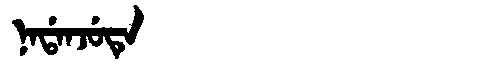
Manchu: ᠨᠠᡩᠠᠨᠵᡠᡨᡝ
Romanization: NADANJUTE